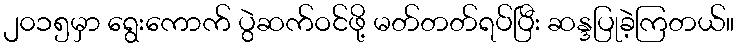
၂၀၁၅မှာ ရွေးကောက် ပွဲဆက်ဝင်ဖို့ မတ်တတ်ရပ်ပြီး ဆန္ဒပြုခဲ့ကြတယ်။